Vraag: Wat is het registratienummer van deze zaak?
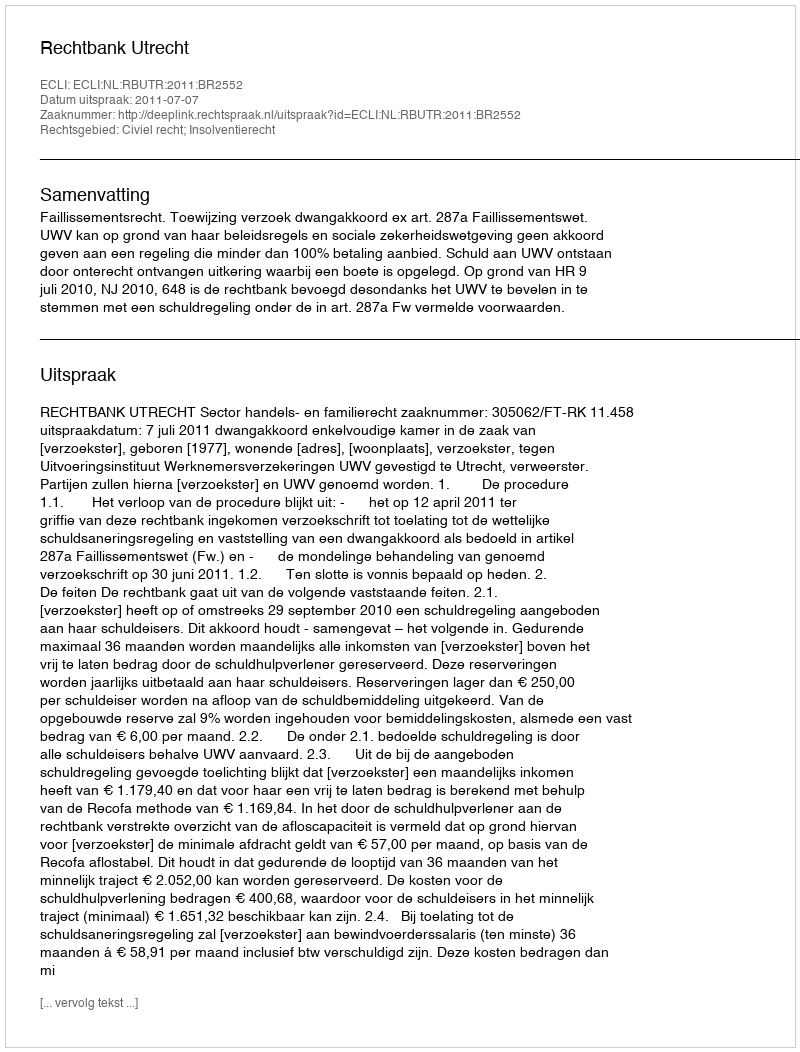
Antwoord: http://deeplink.rechtspraak.nl/uitspraak?id=ECLI:NL:RBUTR:2011:BR2552